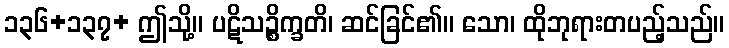
၁၃၆+၁၃၇+ ဤသို့။ ပဋိသဉ္စိက္ခတိ၊ ဆင်ခြင်၏။ သော၊ ထိုဘုရားတပည့်သည်။